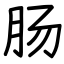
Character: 肠